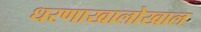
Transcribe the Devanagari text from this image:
धरणाखालोखाल